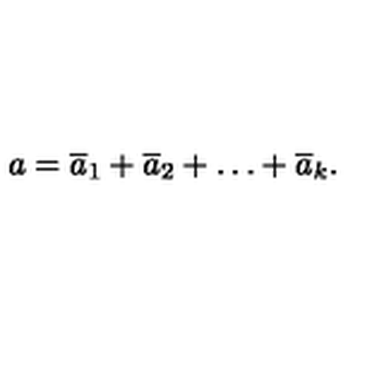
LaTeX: a = { \overline { a } _ { 1 } } + { \overline { a } _ { 2 } } + \ldots + { \overline { a } _ { k } } .